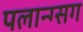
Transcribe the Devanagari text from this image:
पलान्ग्सग